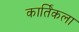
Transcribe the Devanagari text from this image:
कार्तिकला